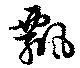
飄